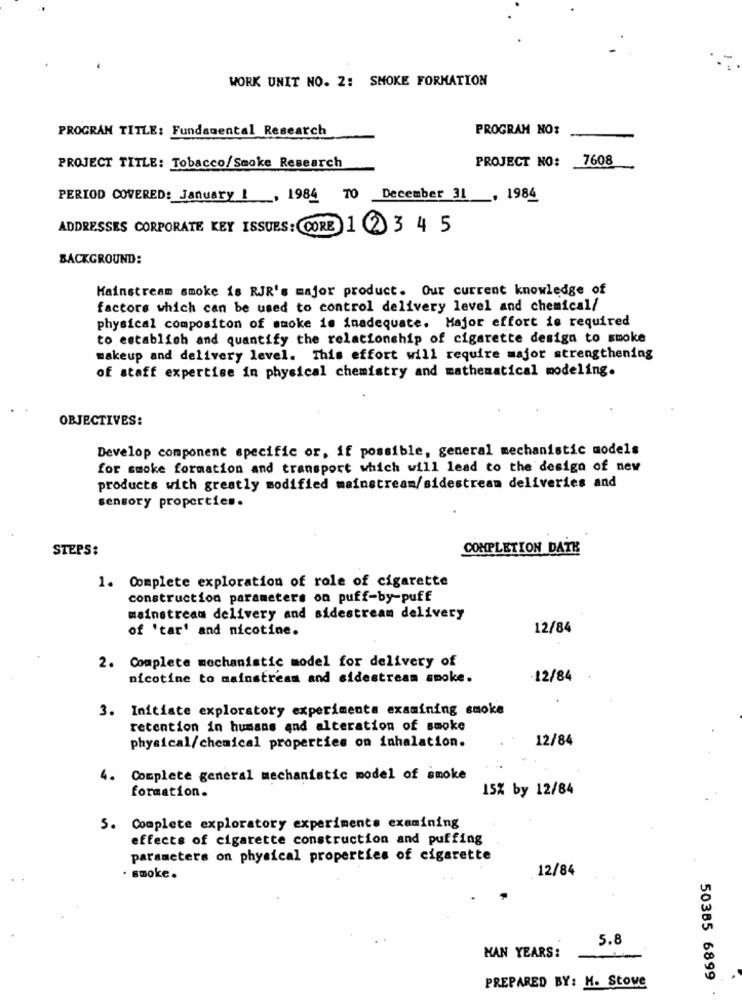
WORK UNIT NO. 2: SMOKE FORMATION
PROGRAM TITLE: Fundamental Research
PROGRAM NO:
PROJECT NO:
7608
PROJECT TITLE: Tobacco/Smoke Research
PERIOD COVERED: January 1, 1984 70 December 31
. 1984
ADDRESSES CORPORATE KEY ISSUES: CORE 1 2 3 4 5
BACKGROUND:
Mainstream smoke is RJR's major product. Our current knowledge of
factors which can be used to control delivery level and chemical/
physical compositon of smoke is inadequate. Major effort is required
to establish and quantify the relationship of cigarette design to smoke
makeup and delivery level. This effort will require major strengthening
of staff expertise in physical chemistry and mathematical modeling.
OBJECTIVES:
Develop component specific or, if possible, general mechanistic models
for smoke formation and transport which will lead to the design of new
products with greatly modified mainstream/sidestream deliveries and
sensory properties.
STEPS:
COMPLETION DATE
1. Complete exploration of role of cigarette
construction parameters on puff-by-puff
mainstream delivery and sidestream delivery
of 'tar' and nicotine.
12/84
2. Complete mechanistic model for delivery of
nicotine to mainstream and sidestream smoke.
-12/84
3. Initiate exploratory experimenta examining smoke
retention in humans and alteration of smoke
12/84
physical/chemical properties on inhalation.
4. Complete general mechanistic model of smoke
formation.
15% by 12/84
5. Complete exploratory experiments examining
effects of cigarette construction and puffing
parameters on physical properties of cigarette
12/84
· smoke.
5.8
HAN YEARS:
50385 6899
PREPARED BY: H. Stowe